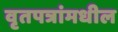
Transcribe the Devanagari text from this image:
वृतपत्रांमधील